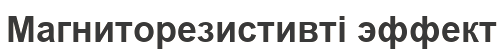
Магниторезистивті эффект